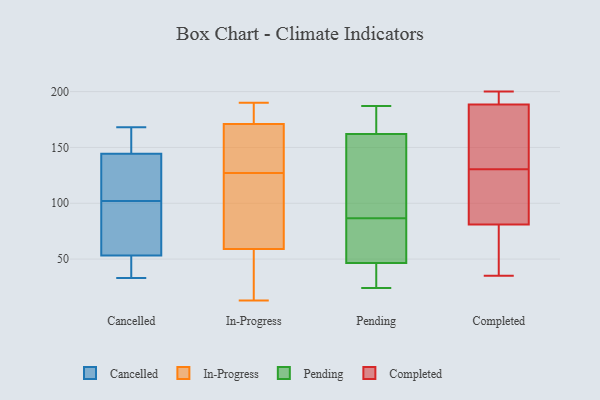
{"axis": {"x": "Net Income (USD K)", "y": "Value"}, "legend": ["Cancelled", "Completed", "In-Progress", "Pending"], "data": [{"x": "", "y": 102, "type": "Cancelled"}, {"x": "", "y": 35, "type": "Cancelled"}, {"x": "", "y": 54, "type": "Cancelled"}, {"x": "", "y": 106, "type": "Cancelled"}, {"x": "", "y": 149, "type": "Cancelled"}, {"x": "", "y": 102, "type": "Cancelled"}, {"x": "", "y": 33, "type": "Cancelled"}, {"x": "", "y": 145, "type": "Cancelled"}, {"x": "", "y": 106, "type": "Cancelled"}, {"x": "", "y": 86, "type": "Cancelled"}, {"x": "", "y": 168, "type": "Cancelled"}, {"x": "", "y": 114, "type": "Cancelled"}, {"x": "", "y": 37, "type": "Cancelled"}, {"x": "", "y": 51, "type": "Cancelled"}, {"x": "", "y": 166, "type": "Cancelled"}, {"x": "", "y": 144, "type": "Cancelled"}, {"x": "", "y": 101, "type": "Cancelled"}, {"x": "", "y": 190, "type": "In-Progress"}, {"x": "", "y": 77, "type": "In-Progress"}, {"x": "", "y": 127, "type": "In-Progress"}, {"x": "", "y": 175, "type": "In-Progress"}, {"x": "", "y": 147, "type": "In-Progress"}, {"x": "", "y": 183, "type": "In-Progress"}, {"x": "", "y": 97, "type": "In-Progress"}, {"x": "", "y": 29, "type": "In-Progress"}, {"x": "", "y": 13, "type": "In-Progress"}, {"x": "", "y": 174, "type": "In-Progress"}, {"x": "", "y": 140, "type": "In-Progress"}, {"x": "", "y": 53, "type": "In-Progress"}, {"x": "", "y": 97, "type": "In-Progress"}, {"x": "", "y": 162, "type": "In-Progress"}, {"x": "", "y": 20, "type": "In-Progress"}, {"x": "", "y": 106, "type": "Pending"}, {"x": "", "y": 149, "type": "Pending"}, {"x": "", "y": 25, "type": "Pending"}, {"x": "", "y": 58, "type": "Pending"}, {"x": "", "y": 38, "type": "Pending"}, {"x": "", "y": 97, "type": "Pending"}, {"x": "", "y": 187, "type": "Pending"}, {"x": "", "y": 177, "type": "Pending"}, {"x": "", "y": 76, "type": "Pending"}, {"x": "", "y": 55, "type": "Pending"}, {"x": "", "y": 175, "type": "Pending"}, {"x": "", "y": 24, "type": "Pending"}, {"x": "", "y": 64, "type": "Completed"}, {"x": "", "y": 145, "type": "Completed"}, {"x": "", "y": 150, "type": "Completed"}, {"x": "", "y": 105, "type": "Completed"}, {"x": "", "y": 187, "type": "Completed"}, {"x": "", "y": 70, "type": "Completed"}, {"x": "", "y": 116, "type": "Completed"}, {"x": "", "y": 200, "type": "Completed"}, {"x": "", "y": 35, "type": "Completed"}, {"x": "", "y": 92, "type": "Completed"}, {"x": "", "y": 190, "type": "Completed"}, {"x": "", "y": 192, "type": "Completed"}]}